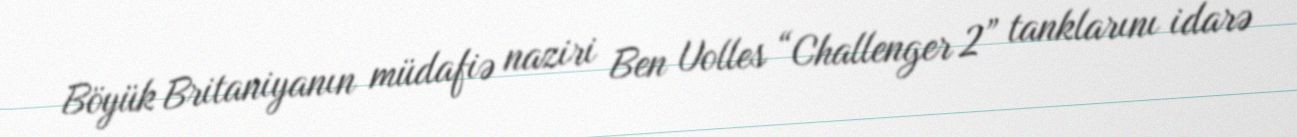
Böyük Britaniyanın müdafiə naziri Ben Uolles “Challenger 2” tanklarını idarə